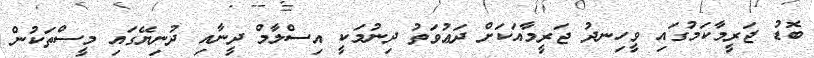
ބޮޑު ޖަރީމާކަމުގައި ވީހިނދު ޖަރީމާއަކަށް ދަޢުވަތު ދިނުމަކީ އިސްލާމް ދީނާއި ދުނިޔޭގައި މީސްތަކުން